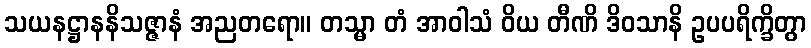
သယနဋ္ဌာနနိသဇ္ဇာနံ အညတရော။ တသ္မာ တံ အာဝါသံ ဝိယ တီဏိ ဒိဝသာနိ ဥပပရိက္ခိတွာ